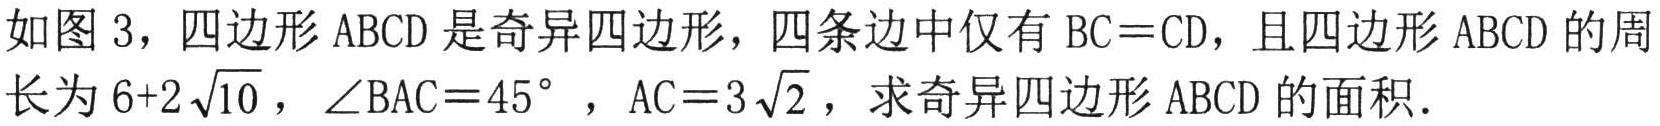
如图 3，四边形 \(ABCD\) 是奇异四边形，四条边中仅有 \(BC = CD\)，且四边形 \(ABCD\) 的周长为 \(6 + 2\sqrt{10}\)，\(\angle BAC = 45^{\circ}\)，\(AC = 3\sqrt{2}\)，求奇异四边形 \(ABCD\) 的面积．